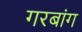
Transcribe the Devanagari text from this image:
गरबांग